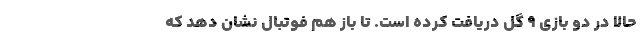
حالا در دو بازی 9 گل دریافت کرده است. تا باز هم فوتبال نشان دهد که